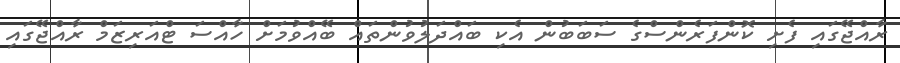
ރާއްޖޭގައި ފެށި ކޮންފަރެންސްގެ ސަބަބުން އެކި ބައްދަލުވުންތައް ބޭއްވުމަށް ހާއްސަ ޓްއަރިޒަމް ރާއްޖޭގައި